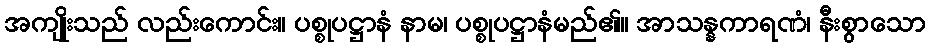
အကျိုးသည် လည်းကောင်း။ ပစ္စုပဋ္ဌာနံ နာမ၊ ပစ္စုပဋ္ဌာနံမည်၏။ အာသန္နကာရဏံ၊ နီးစွာသော